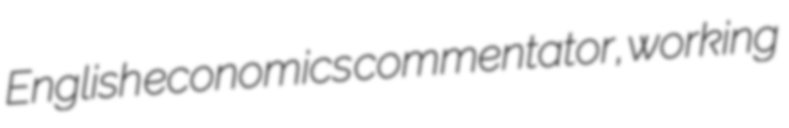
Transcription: English economics commentator, working